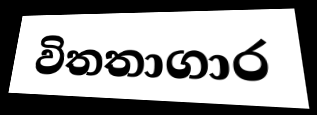
විතතාගාර